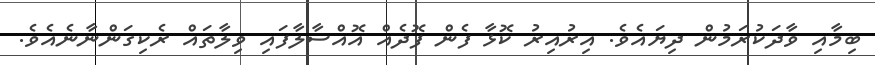
ބިމާއި ވާދަކުރަމުން ދިޔައެވެ. އިރުއިރު ކޮޅާ ފެން ފޮދެއް އޮއްސާލާފައި ވިލާތައް ރެކިގަންނާނެއެވެ.